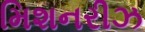
મિશનરીઝ